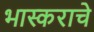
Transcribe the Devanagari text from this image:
भास्कराचे